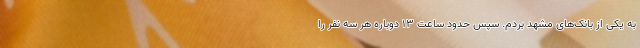
به یکی از بانک‌های مشهد بردم. سپس حدود ساعت ۱۳ دوباره هر سه نفر را